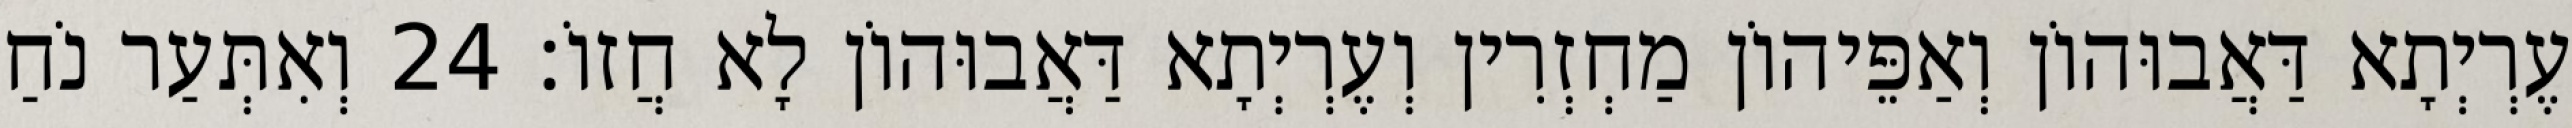
עֶרְיְתָא דַּאֲבוּהוֹן וְאַפֵּיהוֹן מַחְזְרִין וְעֶרְיְתָא דַּאֲבוּהוֹן לָא חֲזוֹ׃ 24 וְאִתְּעַר נֹחַ